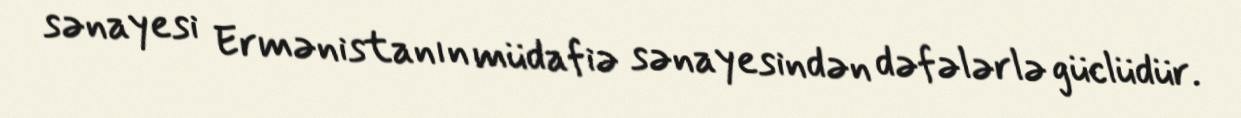
sənayesi Ermənistanın müdafiə sənayesindən dəfələrlə güclüdür.